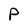
Character: P